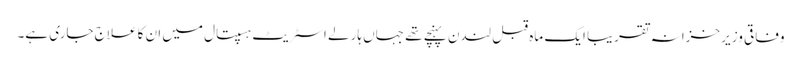
وفاقی وزیر خزانہ تقریبا ایک ماہ قبل لندن پہنچے تھے جہاں ہارلے اسٹریٹ ہسپتال میں ان کا علاج جاری ہے۔